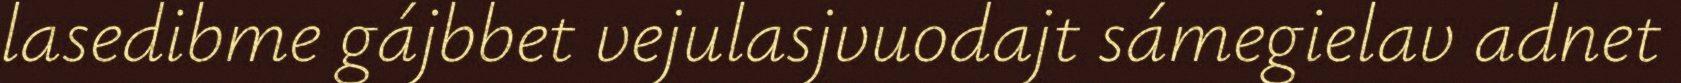
lasedibme gájbbet vejulasjvuodajt sámegielav adnet